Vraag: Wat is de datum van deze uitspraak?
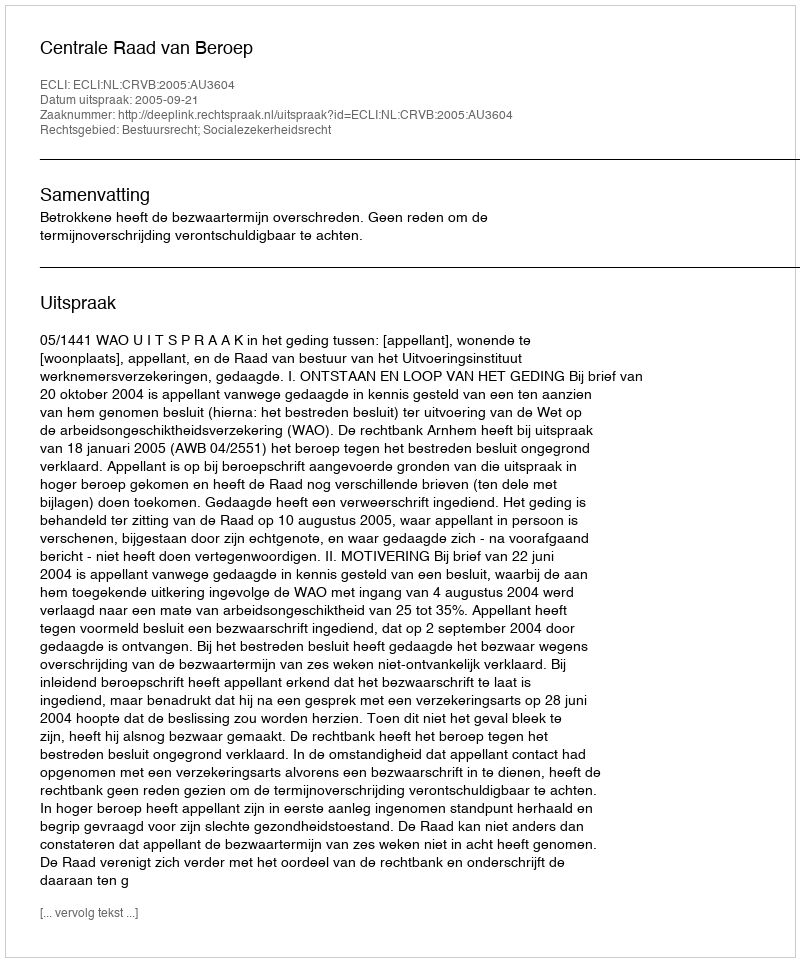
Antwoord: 2005-09-21